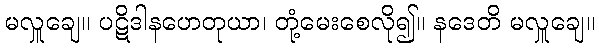
မလှူချေ။ ပဋိဒါနဟေတုယာ၊ တုံ့မေးစေလို၍။ နဒေတိ မလှူချေ။